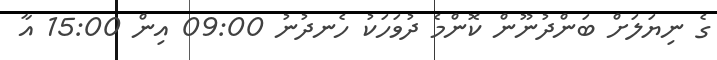
ގެ ނިޔަލަށް ބަންދުނޫން ކޮންމެ ދުވަހަކު ހެނދުނު 09:00 އިން 15:00 އާ